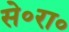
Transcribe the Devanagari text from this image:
से॰रा॰